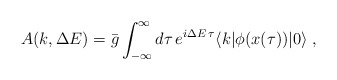
\begin{align*}A(k,\Delta E)=\bar{g} \int_{-\infty}^{\infty} d\tau \, e^{i\Delta E\,\tau}\langle k|\phi(x(\tau))|0\rangle \; ,\end{align*}